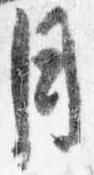
月